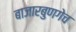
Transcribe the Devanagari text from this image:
बाजारबुणगेच